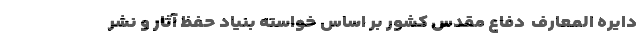
دایره المعارف ِ دفاع مقدس کشور بر اساس خواسته بنیاد حفظ آثار و نشر